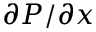
\partial P / \partial x